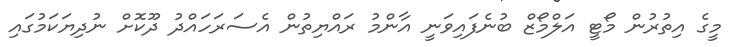
މީގެ އިތުރުން މޯޓީ އަލްމޯޒް ބުނެފައިވަނީ އާންމު ރައްޔިތުން އެސަރަހައްދު ދޫކޮށް ނުދިޔަކަމުގައި